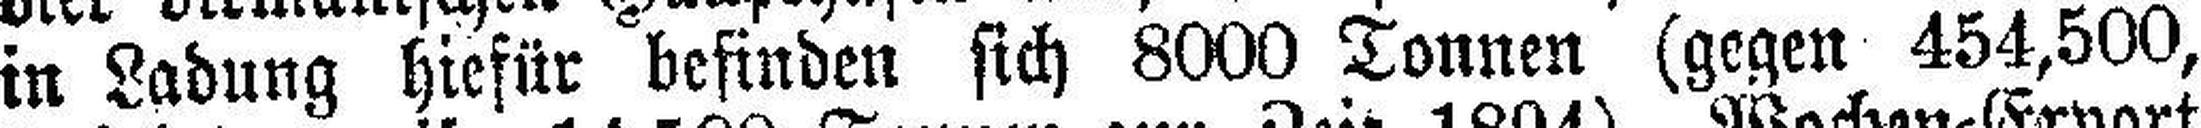
in Ladung hiefür befinden sich 8000 Tonnen (gegen 454,500,